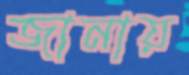
জানায়